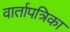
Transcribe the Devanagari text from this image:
वार्तापत्रिका